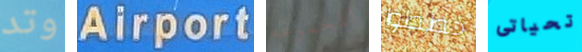
وتد Airport المجموعه خططوا تحياتى